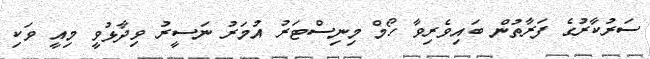
ސަރުކާރުގެ ފަރާތުން ބައިވެރިވާ ހޯމް މިނިސްޓަރު އުމަރު ނަސީރު ވިދާޅުވީ މިއީ ވަކި